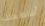
أقاطعك